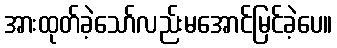
အားထုတ်ခဲ့သော်လည်းမအောင်မြင်ခဲ့ပေ။